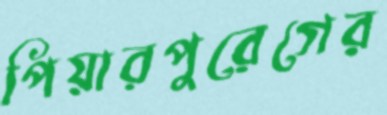
পিয়ারপুরেগের